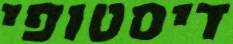
דיסטופי